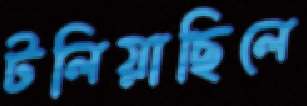
টলিয়াছিলে